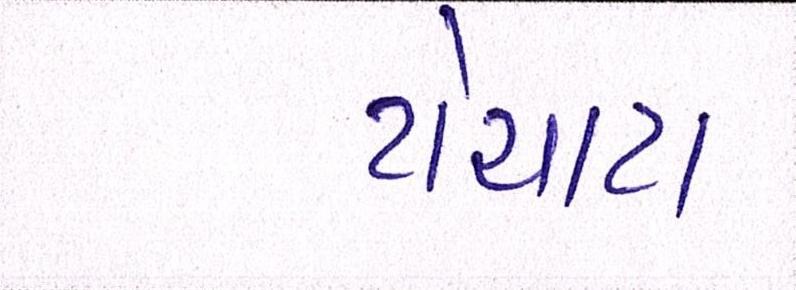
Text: ટોયટા